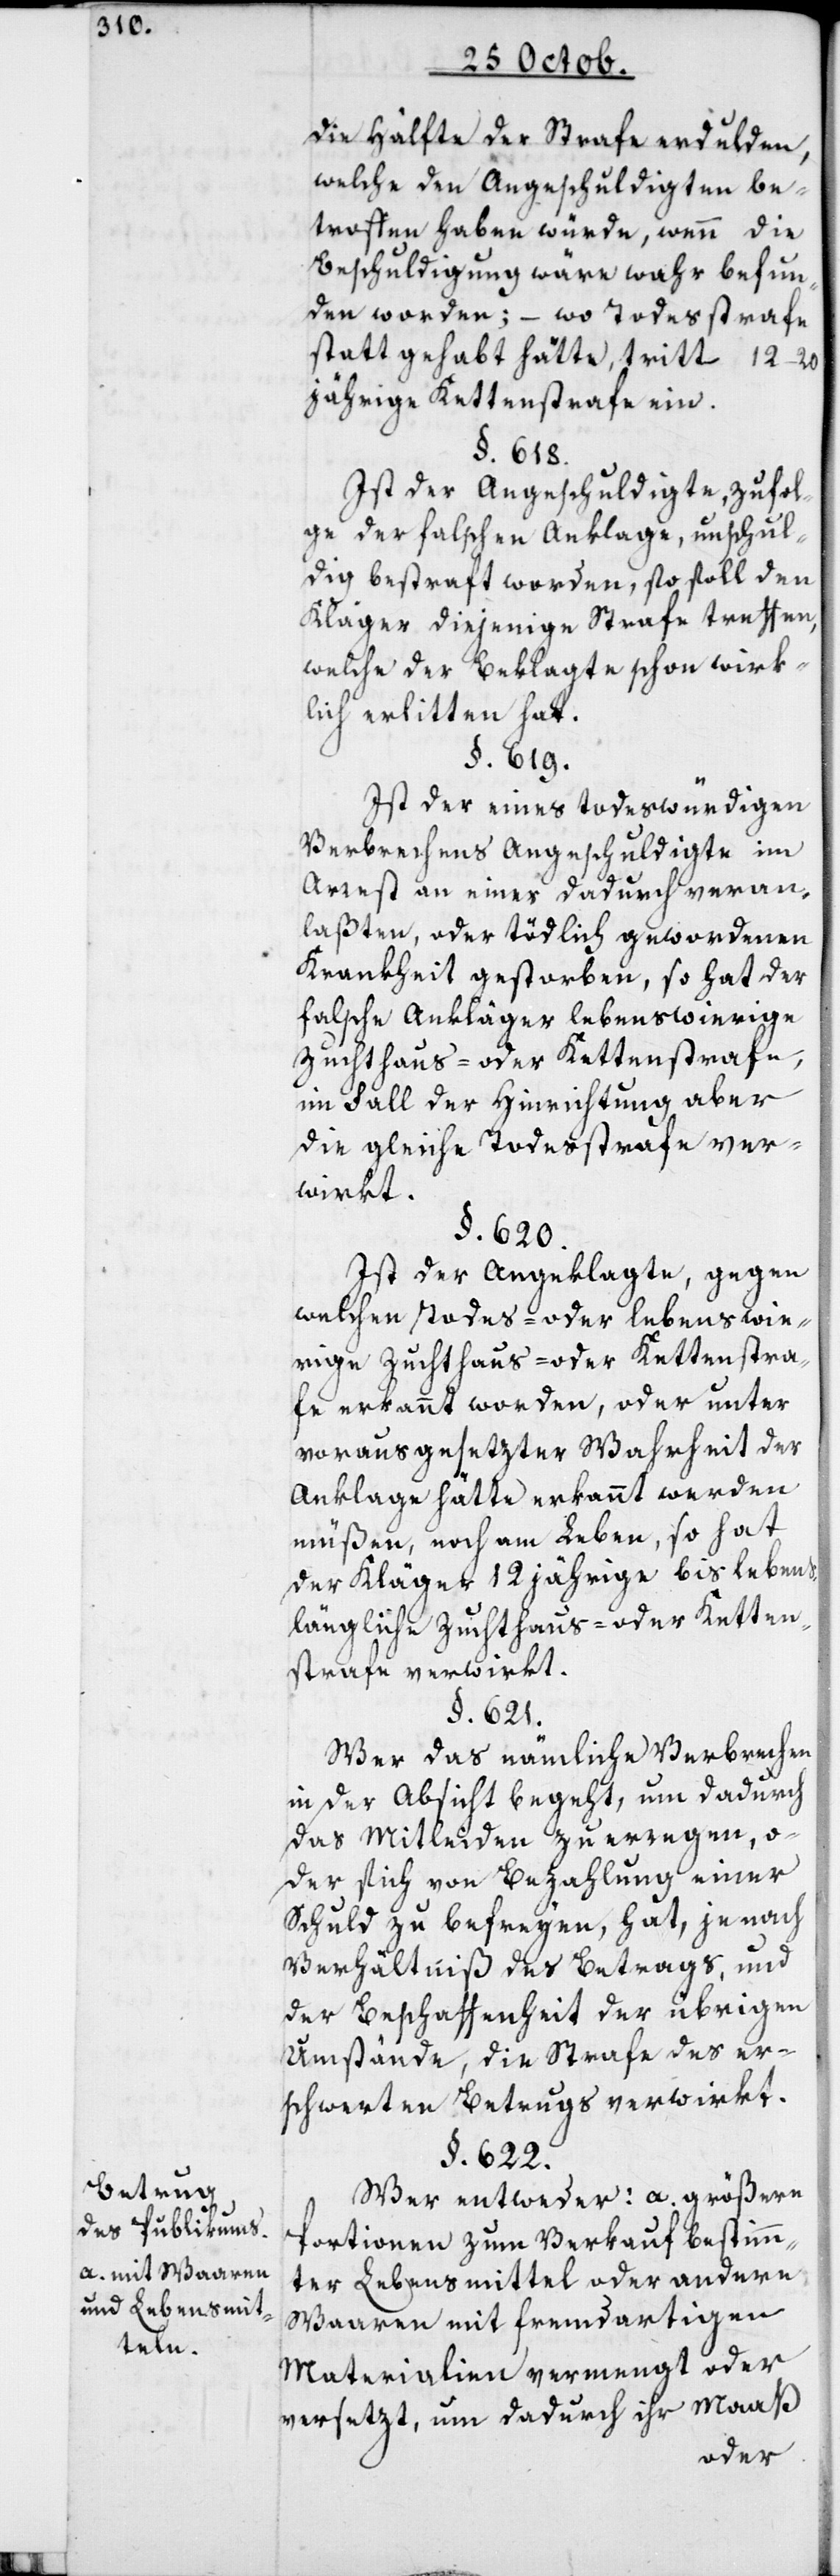
Betrug
des Publikums.
a. mit Waaren
und Lebensmit¬
teln.

die Hälfte der Strafe erdulden,
welche den Angeschuldigten be¬
troffen haben würde, wenn die
Beschuldigung wäre wahr befun¬
den worden; – wo Todesstrafe
statt gehabt hätte, tritt 12–20
jährige Kettenstrafe ein.
§. 618.
Ist der Angeschuldigte zufol¬
ge der falschen Anklage, unschul¬
dig bestraft worden, so soll den
Kläger diejenige Strafe treffen,
welche der Beklagte schon wirk¬
lich erlitten hat.
§. 619.
Ist der eines todeswürdigen
Verbrechens Angeschuldigte im
Arrest an einer dadurch veran¬
laßten, oder tödlich gewordenen
Krankheit gestorben, so hat der
falsche Ankläger lebenswierige
Zuchthaus- oder Kettenstrafe,
im Fall der Hinrichtung aber
die gleiche Todesstrafe ver¬
wirkt.
§. 620.
Ist der Angeklagte, gegen
welchen Todes- oder lebenswie¬
rige Zuchthaus- oder Kettenstra¬
fe erkannt worden, oder unter
vorausgesetzter Wahrheit der
Anklage hätte erkannt werden
müßen, noch am Leben, so hat
der Kläger 12 jährige bis lebens¬
längliche Zuchthaus- oder Ketten¬
strafe verwirkt.
§. 621.
Wer das nämmliche Verbrechen
in der Absicht begeht, um dadurch
das Mitleiden zu erregen, o¬
der sich von Bezahlung einer
Schuld zu befreyen, hat je nach
Verhältniß des Betrags, und
der Beschaffenheit der übrigen
Umstände, die Strafe des er¬
schwerten Betrugs verwirkt.
§. 622.
Wer entweder: a. größere
Portionen zum Verkauf bestimm¬
ter Lebensmittel oder andere
Waaren mit fremdartigen
Materialien vermengt oder
versetzt, um dadurch ihr Maaß